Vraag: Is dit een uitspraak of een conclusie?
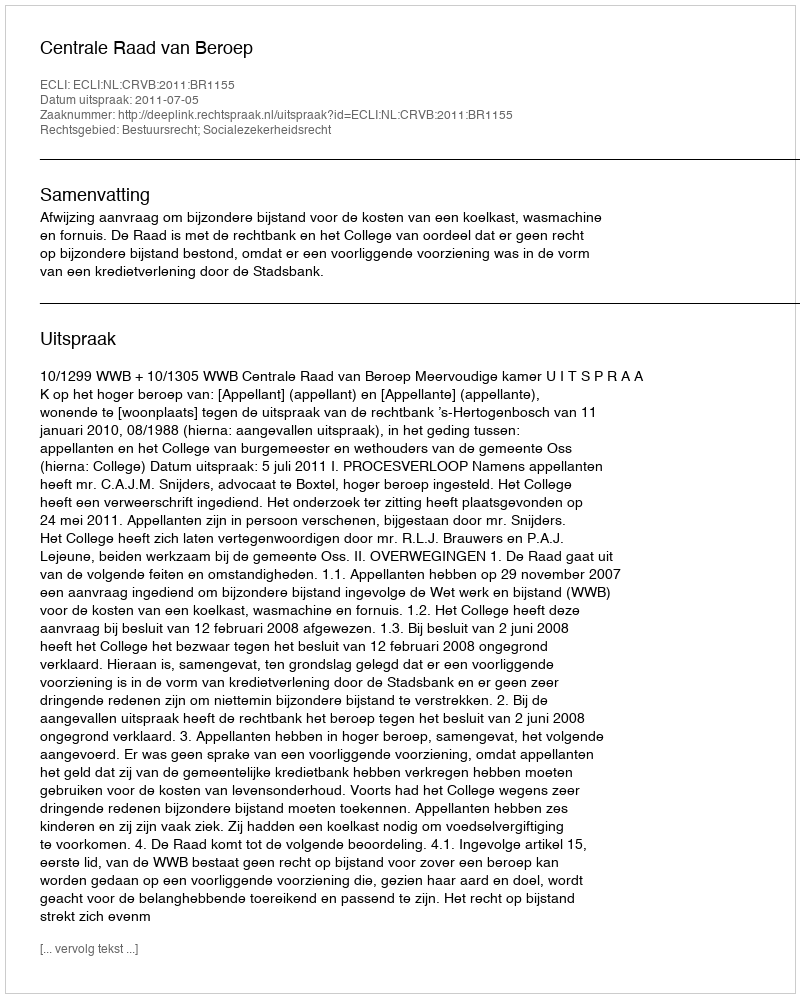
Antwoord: Uitspraak